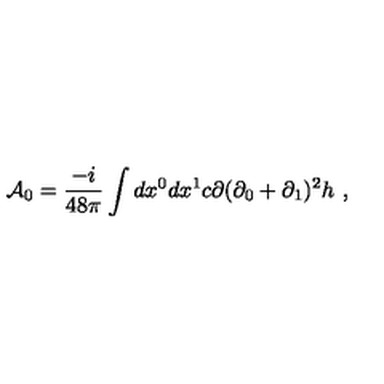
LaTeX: { \cal A } _ { 0 } = \frac { - i } { 4 8 \pi } \int d x ^ { 0 } d x ^ { 1 } c \partial ( \partial _ { 0 } + \partial _ { 1 } ) ^ { 2 } h \ ,